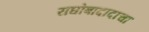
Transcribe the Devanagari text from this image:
राघोबादादाचा